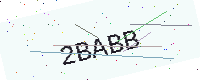
Text: 2BABB